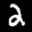
Label: 2